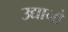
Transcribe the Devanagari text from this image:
उद्यानो